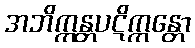
အဘိက္ကန္တပဋိက္ကန္တော